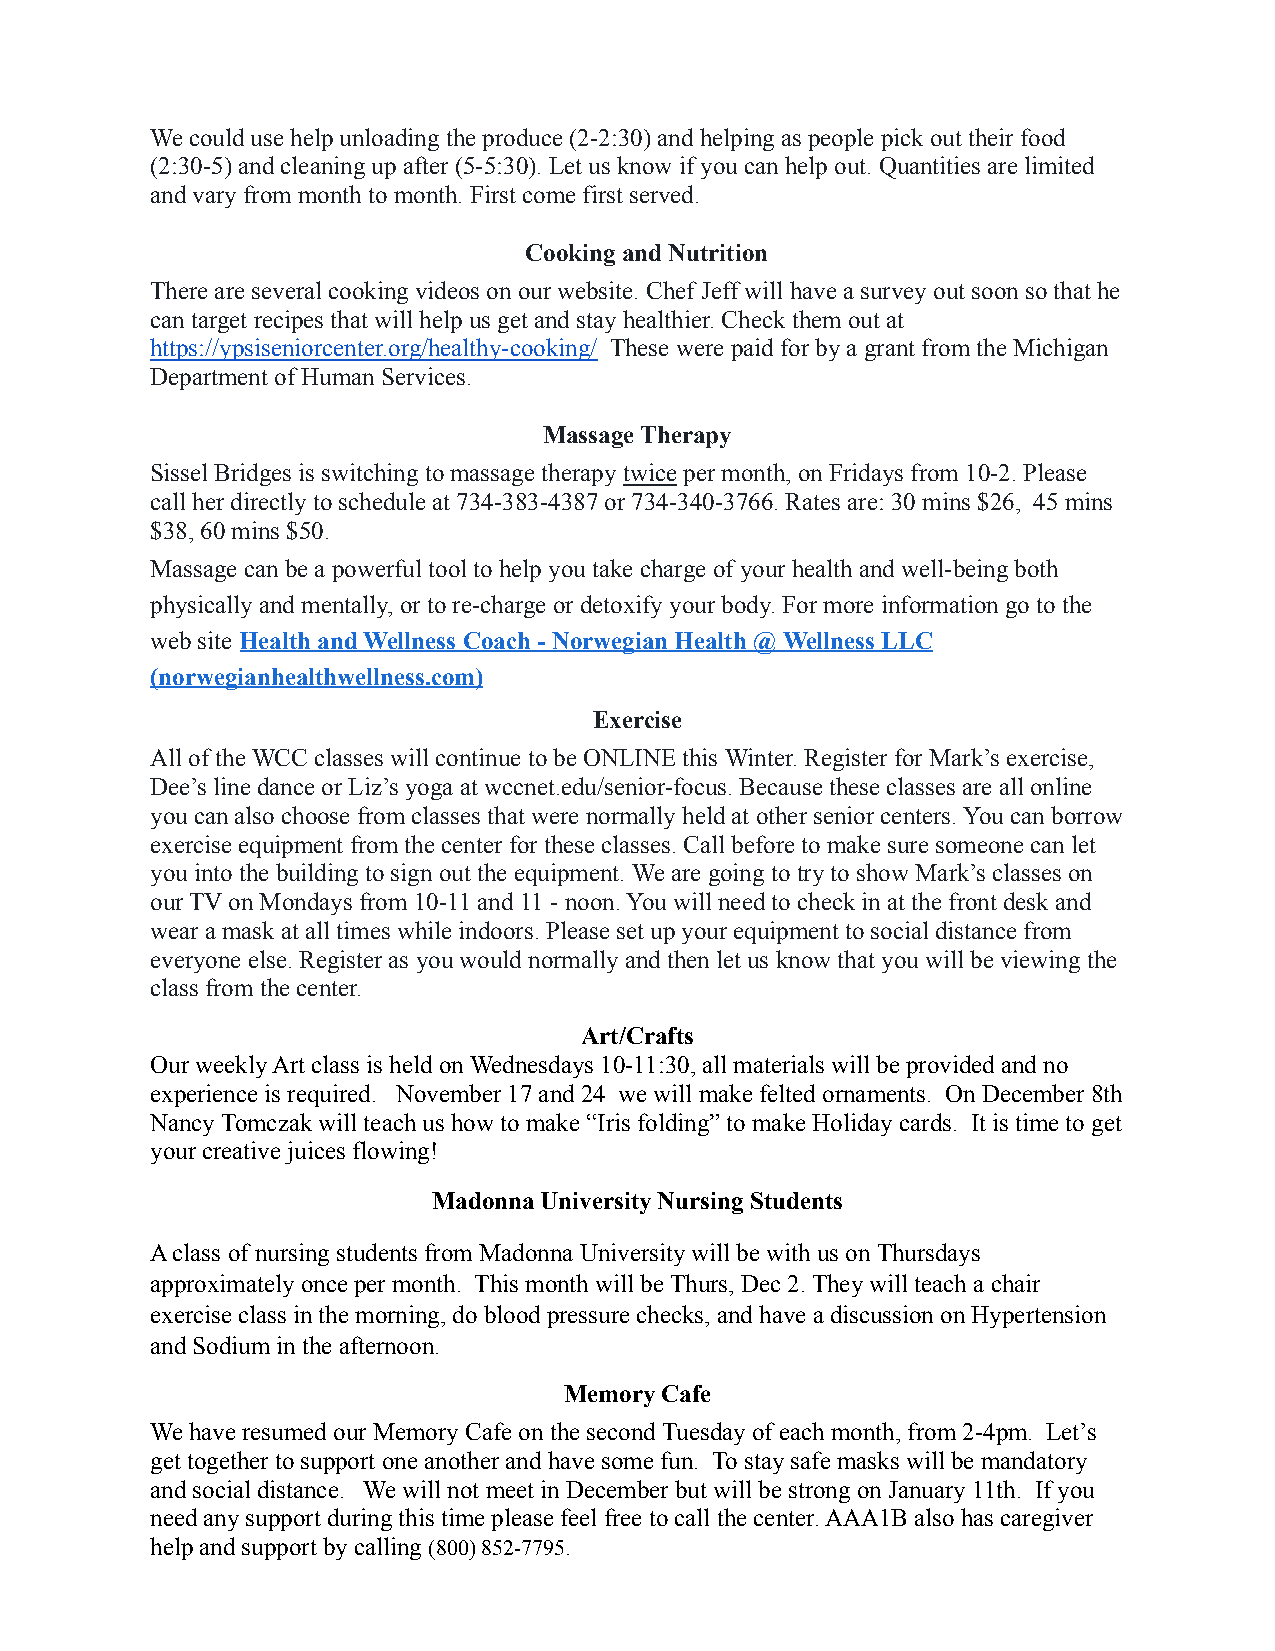
We could use help unloading the produce (2-2:30) and helping as people pick out their food
 (2:30-5) and cleaning up after (5-5:30). Let us know if you can help out. Quantities are limited
 and vary from month to month. First come first served.
 Cooking and Nutrition
 There are several cooking videos on our website. Chef Jeff will have a survey out soon so that he
 can target recipes that will help us get and stay healthier. Check them out at
 https://ypsiseniorcenter.org/healthy-cooking/ These were paid for by a grant from the Michigan
 Department of Human Services.
 Massage Therapy
 Sissel Bridges is switching to massage therapytwice per month, on Fridays from 10-2. Please
 call her directly to schedule at 734-383-4387 or 734-340-3766. Rates are: 30 mins $26, 45 mins
 $38, 60 mins $50.
 Massage can be a powerful tool to help you take charge of your health and well-being both
 physically and mentally, or to re-charge or detoxify your body. For more information go to the
 web siteHealth and Wellness Coach - Norwegian Health @ Wellness LLC
 (norwegianhealthwellness.com)
 Exercise
 All of the WCC classes will continue to be ONLINE this Winter. Register for Mark’s exercise,
 Dee’s line dance or Liz’s yoga at wccnet.edu/senior-focus. Because these classes are all online
 you can also choose from classes that were normally held at other senior centers. You can borrow
 exercise equipment from the center for these classes. Call before to make sure someone can let
 you into the building to sign out the equipment. Weare going to try to show Mark’s classes on
 our TV on Mondays from 10-11 and 11 - noon. You will need to check in at the front desk and
 wear a mask at all times while indoors. Please set up your equipment to social distance from
 everyone else. Register as you would normally and then let us know that you will be viewing the
 class from the center.
 Art/Crafts
 Our weekly Art class is held on Wednesdays 10-11:30, all materials will be provided and no
 experience is required. November 17 and 24 we will make felted ornaments. On December 8th
 Nancy Tomczak will teach us how to make “Iris folding” to make Holiday cards. It is time to get
 your creative juices flowing!
 Madonna University Nursing Students
 A class of nursing students from Madonna University will be with us on Thursdays
 approximately once per month. This month will be Thurs, Dec 2. They will teach a chair
 exercise class in the morning, do blood pressure checks, and have a discussion on Hypertension
 and Sodium in the afternoon.
 Memory Cafe
 We have resumed our Memory Cafe on the second Tuesday of each month, from 2-4pm. Let’s
 get together to support one another and have some fun. To stay safe masks will be mandatory
 and social distance. We will not meet in December but will be strong on January 11th. If you
 need any support during this time please feel free to call the center. AAA1B also has caregiver
 help and support by calling(800) 852-7795.